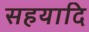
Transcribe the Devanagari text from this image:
सहयादि